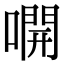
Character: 𫫭